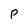
Character: P